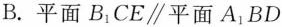
B. 平面B_{1}CE \parallel 平面A_{1}BD